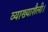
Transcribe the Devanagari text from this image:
व्याख्याशैली।